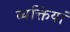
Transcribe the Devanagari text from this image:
व्यक्तियां